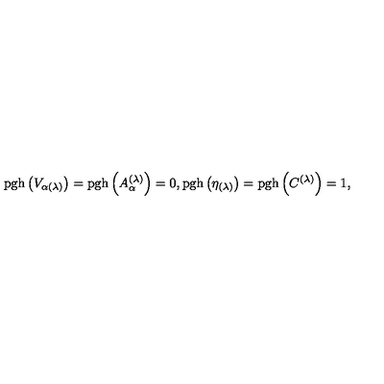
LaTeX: \mathrm { p g h } \left( V _ { \alpha ( \lambda ) } \right) = \mathrm { p g h } \left( A _ { \alpha } ^ { ( \lambda ) } \right) = 0 , \mathrm { p g h } \left( \eta _ { ( \lambda ) } \right) = \mathrm { p g h } \left( C ^ { ( \lambda ) } \right) = 1 ,